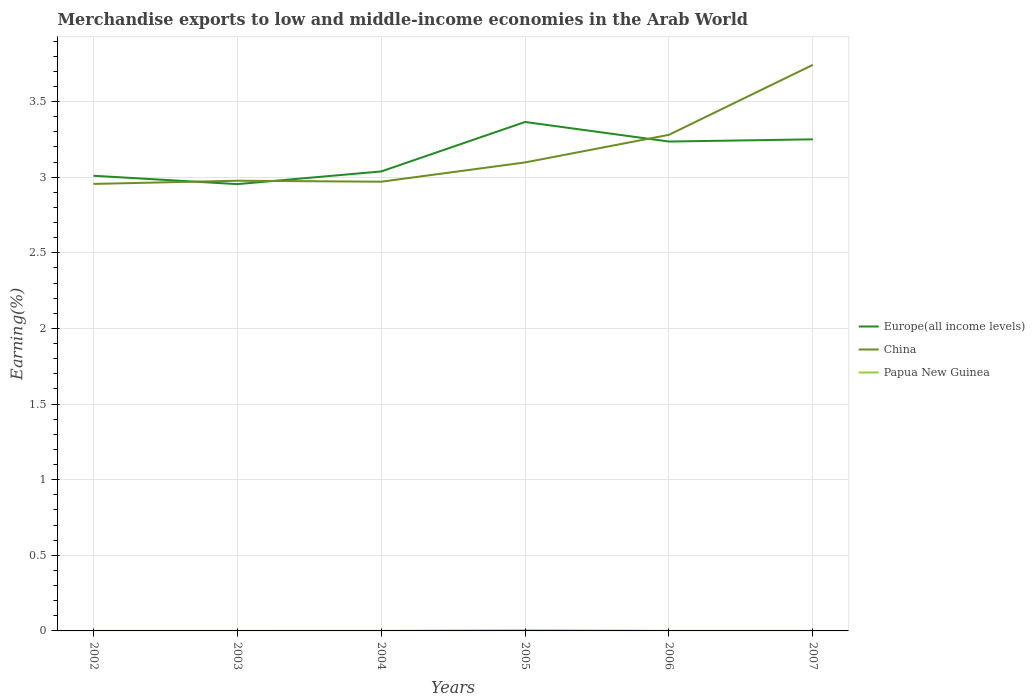
| Years | Europe(all income levels) | China | Papua New Guinea |
 | --- | --- | --- | --- |
 | 2002 | 3.01 | 2.96 | 0.000341 |
 | 2003 | 2.95 | 2.98 | 0.000274 |
 | 2004 | 3.04 | 2.97 | 0.000401 |
 | 2005 | 3.37 | 3.1 | 0.00426 |
 | 2006 | 3.24 | 3.28 | 0.00037 |
 | 2007 | 3.25 | 3.74 | 0.000424 |